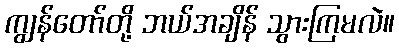
ကျွန်တော်တို့ ဘယ်အချိန် သွားကြမလဲ။